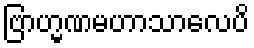
ဗြာဟ္မဏမဟာသာလေပိ